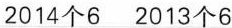
2014个6 2013个6